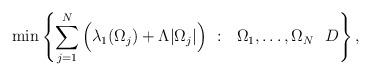
LaTeX: \begin{align*}\min\left\{\sum_{j=1}^N\Big(\lambda_1(\Omega_j)+\Lambda|\Omega_j|\Big)\ :\ \ \Omega_1,\dots,\Omega_N\ \ D\right\},\end{align*}